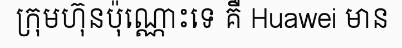
ក្រុមហ៊ុនប៉ុណ្ណោះទេ គឺ Huawei មាន